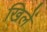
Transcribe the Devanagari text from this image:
खिलें